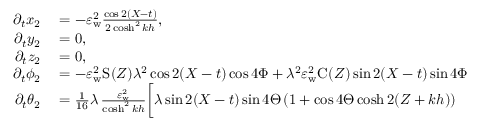
\begin{array} { r l } { \partial _ { t } x _ { 2 } } & { { } = - \varepsilon _ { \mathrm { w } } ^ { 2 } \frac { \cos 2 ( X - t ) } { 2 \cosh ^ { 2 } k h } , } \\ { \partial _ { t } y _ { 2 } } & { { } = 0 , } \\ { \partial _ { t } z _ { 2 } } & { { } = 0 , } \\ { \partial _ { t } { \phi _ { 2 } } } & { { } = - \varepsilon _ { \mathrm { w } } ^ { 2 } \mathrm { S } _ { } ( Z ) \lambda ^ { 2 } \cos 2 ( X - t ) \cos { 4 \Phi } + \lambda ^ { 2 } \varepsilon _ { \mathrm { w } } ^ { 2 } \mathrm { C } _ { } ( Z ) \sin 2 ( X - t ) \sin { 4 \Phi } } \\ { \partial _ { t } { \theta _ { 2 } } } & { { } = \frac { 1 } { 1 6 } \lambda \, \frac { \varepsilon _ { \mathrm { w } } ^ { 2 } } { \cosh ^ { 2 } k h } \bigg [ \lambda \sin 2 ( X - t ) \sin { 4 \Theta } \, ( 1 + \cos { 4 \Theta } \cosh 2 ( Z + k h ) ) } \end{array}